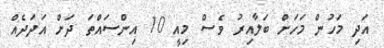
އަދި މަހުން މަހަށް ބަލާއިރު ވެސް މިއީ 10 އިންސައްތަ ދަށް އަދަދެއް